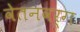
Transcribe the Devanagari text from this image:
वेतनवर्ग